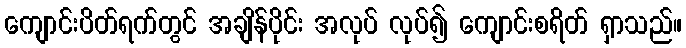
ကျောင်းပိတ်ရက်တွင် အချိန်ပိုင်း အလုပ် လုပ်၍ ကျောင်းစရိတ် ရှာသည်။